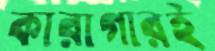
কারাগারই